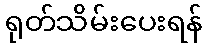
ရုတ်သိမ်းပေးရန်